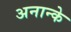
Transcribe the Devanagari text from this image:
अनान्के